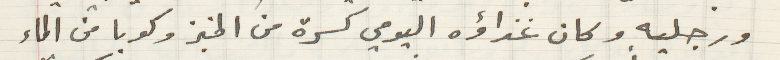
ورجليه وكان غذاؤه اليومي كسرة من الخبز وكوبا من الماء